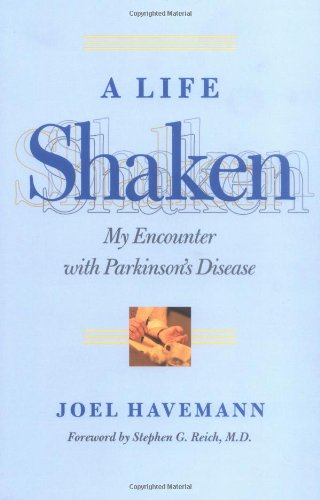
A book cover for A Life Shaken: My Encounter with Parkinson's Disease; Joel Havemann; Health, Fitness & Dieting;